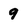
Character: 9